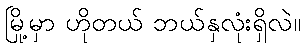
မြို့မှာ ဟိုတယ် ဘယ်နှလုံးရှိလဲ။